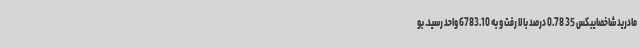
مادرید شاخصایبکس 35 0.78 درصد بالا رفت و به 6783.10 واحد رسید. بو